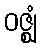
ဝဇ္ဈံ